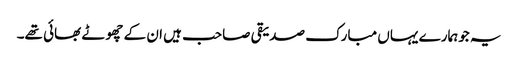
یہ جوہمارے یہاں مبارک صدیقی صاحب ہیں ان کے چھوٹے بھائی تھے۔